Account of plague administration in the Bombay Presidency from September 1896 till May 1897
Year: 1896
Disease focus: Plague
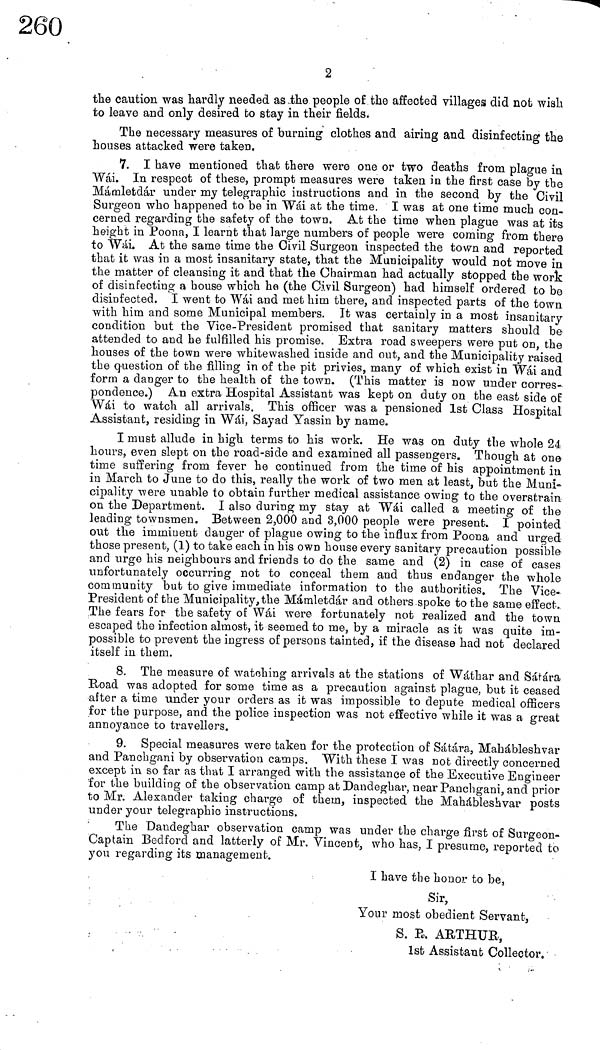
2
the caution was hardly needed as the people of the affected villages did not wish
to leave and only desired bo stay in their fields.
The necessary measures of burning clothes and airing and disinfecting the
houses attacked were taken.
7. I have mentioned that there were one or two deaths from plague in
Wái. In respect of these, prompt measures were taken in the first case by the
Mámletdár under my telegraphic instructions and in the second by the Civil
Surgeon who happened to be in Wái at the time. I was at one time much con-
cerned regarding the safety of the town. At the time when plague was at its
height in Poona, I learnt that large numbers of people were coming from there
to Wái. At the same time the Civil Surgeon inspected the town and reported
that it was in a most insanitary state, that the Municipality would not move in
the matter of cleansing it and that the Chairman had actually stopped the work
of disinfecting a house which he (the Civil Surgeon) had himself ordered to be
disinfected. I went to Wái and met him there, and inspected parts of the town
with him and some Municipal members. It was certainly in a most insanitary
condition but the Vice-Président promised that sanitary matters should be
attended to and he fulfilled his promise. Extra road sweepers were put on, the
houses of the town were whitewashed inside and out, and the Municipality raised
the question of the filling in of the pit privies, many of which exist in Wái and
form a danger to the health of the town. (This matter is now under corres-
pondence.) An extra Hospital Assistant was kept on duty on the east side of
Wái to watch all arrivals. This officer was a pensioned 1st Class Hospital
Assistant, residing in Wái, Sayad Yassin by name.
I must allude in high terms to his work. He was on duty the whole 24
hours, even slept on the road-side and examined all passengers. Though at one
time suffering from fever he continued from the time of his appointment in
in March to June to do this, really the work of two men at least, but the Muni-
cipality were unable to obtain further medical assistance owing to the overstrain
on the Department. I also during my stay at Wái called a meeting of the
leading townsmen. Between 2,000 and 3,000 people were present. I pointed
out the imminent danger of plague owing to the influx from Poona and urged
those present, (1) to take each in his own house every sanitary precaution possible
and urge his neighbours and friends to do the same and (2) in case of cases
unfortunately occurring not to conceal them and thus endanger the whole
community but to give immediate information to the authorities. The Vice-
Président of the Municipality, the Mámletdár and others spoke to the same effect.,
The fears for the safety of Wái were fortunately not realized and the town
escaped the infection almost, it seemed to me, by a miracle as it was quite im-
possible to prevent the ingress of persons tainted, if the disease had not declared
itself in them.
8. The measure of watching arrivals at the stations of Wáthar and Sáfára
Road was adopted for some time as a precaution against plague, but it ceased
after a time under your orders as it was impossible to depute medical officers
for the purpose, and the police inspection was not effective while it was a great
annoyance to travellers.
9. Special measures were taken for the protection of Sátára, Mahábleshvar
and Panchgani by observation camps. With these I was not directly concerned
except in so far as that I arranged with the assistance of the Executive Engineer
for the building of the observation camp at Dandeghar, near Panchgani, and prior
to Mr. Alexander taking charge of them, inspected the Mahábleshvar posts
under your telegraphic instructions.
The Dandeghar observation camp was under the charge first of Surgeon-
Captain Bedford and latterly of Mr. Vincent, who has, I presume, reported to
you regarding its management.
I have the honor to be,
Sir,
Your most obedient Servant,
S. E. AETHUE,
1st Assistant Collector.